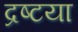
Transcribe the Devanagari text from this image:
द्रष्टया